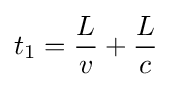
t_{1}={\frac {L}{v}}+{\frac {L}{c}}